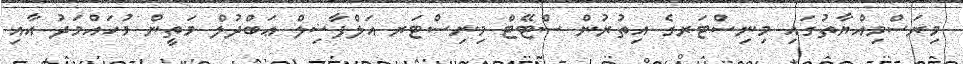
މިރަސްމިއްޔާތުގައި މިނިސްޓަރގެ އިތުރުން ސްޓޭޓް މިނިސްޓަރ އަލްފާޟިލް ޢަބްދުލް މަތީން މުހައްމަދު އާއި